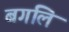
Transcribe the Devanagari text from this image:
बगलि